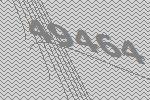
49464